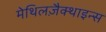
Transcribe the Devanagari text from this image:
मेथिलज़ैक्थाइन्स